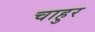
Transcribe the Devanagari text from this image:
चाहुर